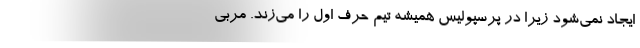
ایجاد نمی‌شود زیرا در پرسپولیس همیشه تیم حرف اول را می‌زند. مربی